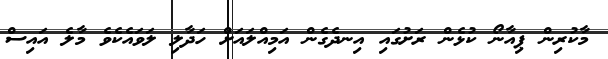
މާކުރިން ޕިއާނޯ ކުޅެން ރަށުގައި އިނދެގެން އަމިއްލައަށް ހަދާލި ލަވައެކެވެ މާލެ އައިސް